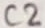
Text: C2